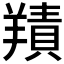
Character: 𦎸